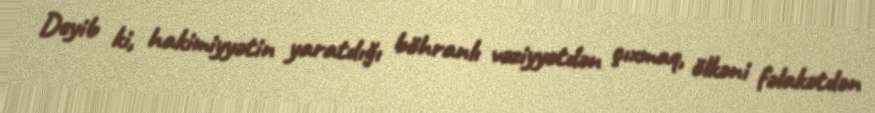
Deyib ki, hakimiyyətin yaratdığı böhranlı vəziyyətdən çıxmaq, ölkəni fəlakətdən